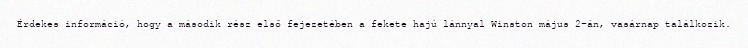
Érdekes információ, hogy a második rész első fejezetében a fekete hajú lánnyal Winston május 2-án, vasárnap találkozik.